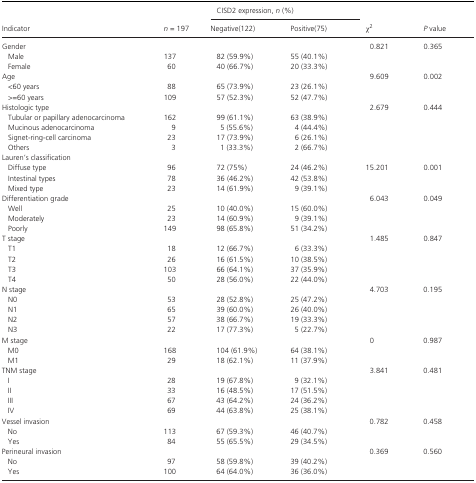
<table><thead><tr><td rowspan="2"><b>Indicator</b></td><td rowspan="2"><b><i>n </i>= 197</b></td><td colspan="2"><b>CISD2 expression, <i>n</i> (%)</b></td><td rowspan="2"><b><i>χ</i><sup>2</sup></b></td><td rowspan="2"><b><i>P</i> value</b></td></tr><tr><td><b>Negative(122)</b></td><td><b>Positive(75)</b></td></tr></thead><tbody><tr><td>Gender</td><td></td><td></td><td></td><td>0.821</td><td>0.365</td></tr><tr><td>Male</td><td>137</td><td>82 (59.9%)</td><td>55 (40.1%)</td><td></td><td></td></tr><tr><td>Female</td><td>60</td><td>40 (66.7%)</td><td>20 (33.3%)</td><td></td><td></td></tr><tr><td>Age</td><td></td><td></td><td></td><td>9.609</td><td>0.002</td></tr><tr><td>&lt;60 years</td><td>88</td><td>65 (73.9%)</td><td>23 (26.1%)</td><td></td><td></td></tr><tr><td>&gt;=60 years</td><td>109</td><td>57 (52.3%)</td><td>52 (47.7%)</td><td></td><td></td></tr><tr><td>Histologic type</td><td></td><td></td><td></td><td>2.679</td><td>0.444</td></tr><tr><td>Tubular or papillary adenocarcinoma</td><td>162</td><td>99 (61.1%)</td><td>63 (38.9%)</td><td></td><td></td></tr><tr><td>Mucinous adenocarcinoma</td><td>9</td><td>5 (55.6%)</td><td>4 (44.4%)</td><td></td><td></td></tr><tr><td>Signet‐ring‐cell carcinoma</td><td>23</td><td>17 (73.9%)</td><td>6 (26.1%)</td><td></td><td></td></tr><tr><td>Others</td><td>3</td><td>1 (33.3%)</td><td>2 (66.7%)</td><td></td><td></td></tr><tr><td colspan="6">Lauren&#x27;s classification</td></tr><tr><td>Diffuse type</td><td>96</td><td>72 (75%)</td><td>24 (46.2%)</td><td>15.201</td><td>0.001</td></tr><tr><td>Intestinal types</td><td>78</td><td>36 (46.2%)</td><td>42 (53.8%)</td><td></td><td></td></tr><tr><td>Mixed type</td><td>23</td><td>14 (61.9%)</td><td>9 (39.1%)</td><td></td><td></td></tr><tr><td>Differentiation grade</td><td></td><td></td><td></td><td>6.043</td><td>0.049</td></tr><tr><td>Well</td><td>25</td><td>10 (40.0%)</td><td>15 (60.0%)</td><td></td><td></td></tr><tr><td>Moderately</td><td>23</td><td>14 (60.9%)</td><td>9 (39.1%)</td><td></td><td></td></tr><tr><td>Poorly</td><td>149</td><td>98 (65.8%)</td><td>51 (34.2%)</td><td></td><td></td></tr><tr><td>T stage</td><td></td><td></td><td></td><td>1.485</td><td>0.847</td></tr><tr><td>T1</td><td>18</td><td>12 (66.7%)</td><td>6 (33.3%)</td><td></td><td></td></tr><tr><td>T2</td><td>26</td><td>16 (61.5%)</td><td>10 (38.5%)</td><td></td><td></td></tr><tr><td>T3</td><td>103</td><td>66 (64.1%)</td><td>37 (35.9%)</td><td></td><td></td></tr><tr><td>T4</td><td>50</td><td>28 (56.0%)</td><td>22 (44.0%)</td><td></td><td></td></tr><tr><td>N stage</td><td></td><td></td><td></td><td>4.703</td><td>0.195</td></tr><tr><td>N0</td><td>53</td><td>28 (52.8%)</td><td>25 (47.2%)</td><td></td><td></td></tr><tr><td>N1</td><td>65</td><td>39 (60.0%)</td><td>26 (40.0%)</td><td></td><td></td></tr><tr><td>N2</td><td>57</td><td>38 (66.7%)</td><td>19 (33.3%)</td><td></td><td></td></tr><tr><td>N3</td><td>22</td><td>17 (77.3%)</td><td>5 (22.7%)</td><td></td><td></td></tr><tr><td>M stage</td><td></td><td></td><td></td><td>0</td><td>0.987</td></tr><tr><td>M0</td><td>168</td><td>104 (61.9%)</td><td>64 (38.1%)</td><td></td><td></td></tr><tr><td>M1</td><td>29</td><td>18 (62.1%)</td><td>11 (37.9%)</td><td></td><td></td></tr><tr><td>TNM stage</td><td></td><td></td><td></td><td>3.841</td><td>0.481</td></tr><tr><td>I</td><td>28</td><td>19 (67.8%)</td><td>9 (32.1%)</td><td></td><td></td></tr><tr><td>II</td><td>33</td><td>16 (48.5%)</td><td>17 (51.5%)</td><td></td><td></td></tr><tr><td>III</td><td>67</td><td>43 (64.2%)</td><td>24 (36.2%)</td><td></td><td></td></tr><tr><td>IV</td><td>69</td><td>44 (63.8%)</td><td>25 (38.1%)</td><td></td><td></td></tr><tr><td>Vessel invasion</td><td></td><td></td><td></td><td>0.782</td><td>0.458</td></tr><tr><td>No</td><td>113</td><td>67 (59.3%)</td><td>46 (40.7%)</td><td></td><td></td></tr><tr><td>Yes</td><td>84</td><td>55 (65.5%)</td><td>29 (34.5%)</td><td></td><td></td></tr><tr><td>Perineural invasion</td><td></td><td></td><td></td><td>0.369</td><td>0.560</td></tr><tr><td>No</td><td>97</td><td>58 (59.8%)</td><td>39 (40.2%)</td><td></td><td></td></tr><tr><td>Yes</td><td>100</td><td>64 (64.0%)</td><td>36 (36.0%)</td><td></td><td></td></tr></tbody></table>